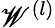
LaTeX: \mathscr{W}^{(l)}